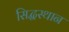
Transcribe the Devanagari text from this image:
सिद्धस्थान